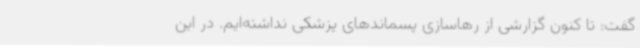
گفت: تا کنون گزارشی از رهاسازی پسماندهای پزشکی نداشته‌ایم. در این